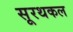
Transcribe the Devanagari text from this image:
सूरथकल